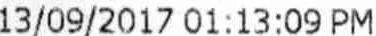
13/09/2017 01:13:09 PM